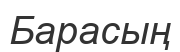
Барасың